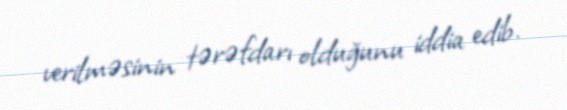
verilməsinin tərəfdarı olduğunu iddia edib.